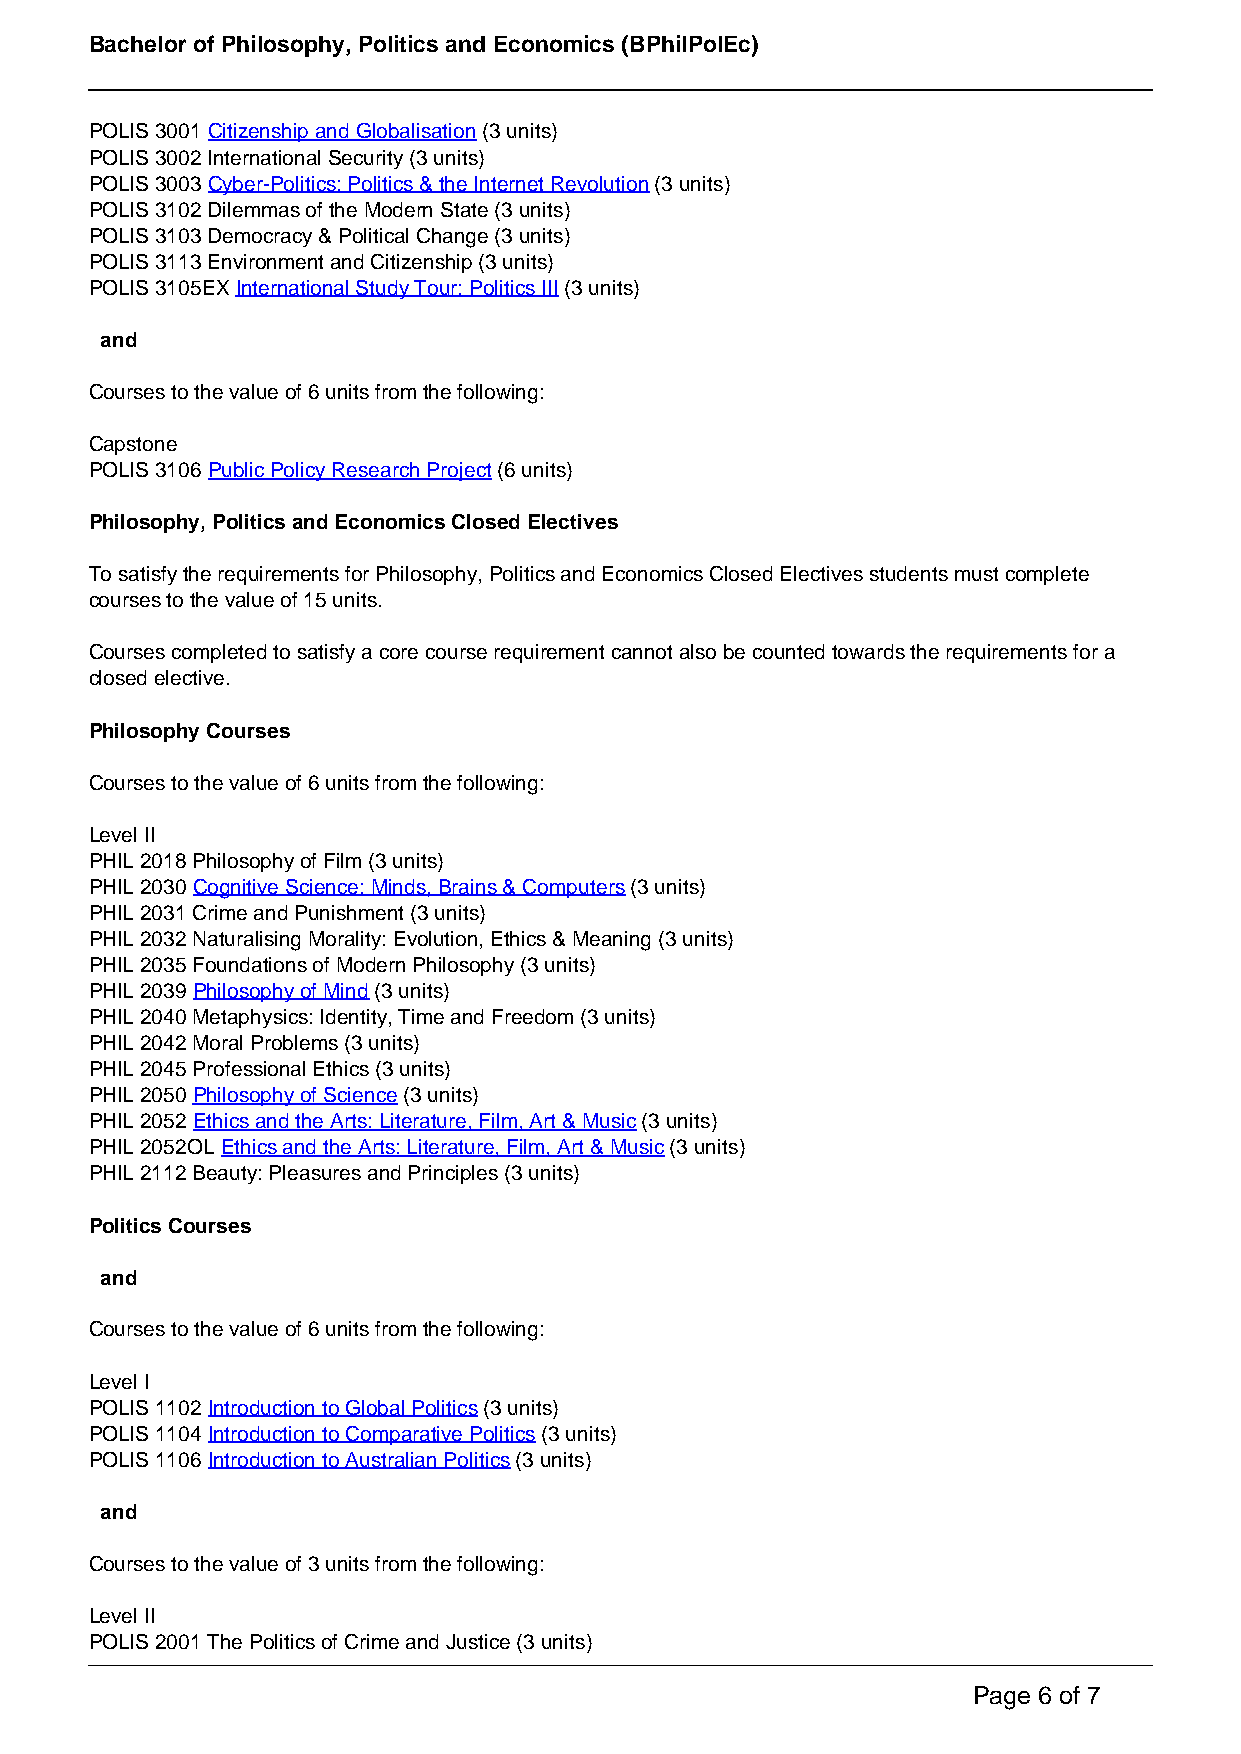
Bachelor of Philosophy, Politics and Economics (BPhilPolEc)
 POLIS 3001 Citizenship and Globalisation (3 units)
 POLIS 3002 International Security (3 units)
 POLIS 3003 Cyber-Politics: Politics & the Internet Revolution (3 units)
 POLIS 3102 Dilemmas of the Modern State (3 units)
 POLIS 3103 Democracy & Political Change (3 units)
 POLIS 3113 Environment and Citizenship (3 units)
 POLIS 3105EX International Study Tour: Politics III (3 units)
 and
 Courses to the value of 6 units from the following:
 Capstone
 POLIS 3106 Public Policy Research Project (6 units)
 Philosophy, Politics and Economics Closed Electives
 To satisfy the requirements for Philosophy, Politics and Economics Closed Electives students must complete
 courses to the value of 15 units.
 Courses completed to satisfy a core course requirement cannot also be counted towards the requirements for a
 closed elective.
 Philosophy Courses
 Courses to the value of 6 units from the following:
 Level II
 PHIL 2018 Philosophy of Film (3 units)
 PHIL 2030 Cognitive Science: Minds, Brains & Computers (3 units)
 PHIL 2031 Crime and Punishment (3 units)
 PHIL 2032 Naturalising Morality: Evolution, Ethics & Meaning (3 units)
 PHIL 2035 Foundations of Modern Philosophy (3 units)
 PHIL 2039 Philosophy of Mind (3 units)
 PHIL 2040 Metaphysics: Identity, Time and Freedom (3 units)
 PHIL 2042 Moral Problems (3 units)
 PHIL 2045 Professional Ethics (3 units)
 PHIL 2050 Philosophy of Science (3 units)
 PHIL 2052 Ethics and the Arts: Literature, Film, Art & Music (3 units)
 PHIL 2052OL Ethics and the Arts: Literature, Film, Art & Music (3 units)
 PHIL 2112 Beauty: Pleasures and Principles (3 units)
 Politics Courses
 and
 Courses to the value of 6 units from the following:
 Level I
 POLIS 1102 Introduction to Global Politics (3 units)
 POLIS 1104 Introduction to Comparative Politics (3 units)
 POLIS 1106 Introduction to Australian Politics (3 units)
 and
 Courses to the value of 3 units from the following:
 Level II
 POLIS 2001 The Politics of Crime and Justice (3 units)
 Page 6 of 7